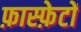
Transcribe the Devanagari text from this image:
फ़ास्फ़ेटों